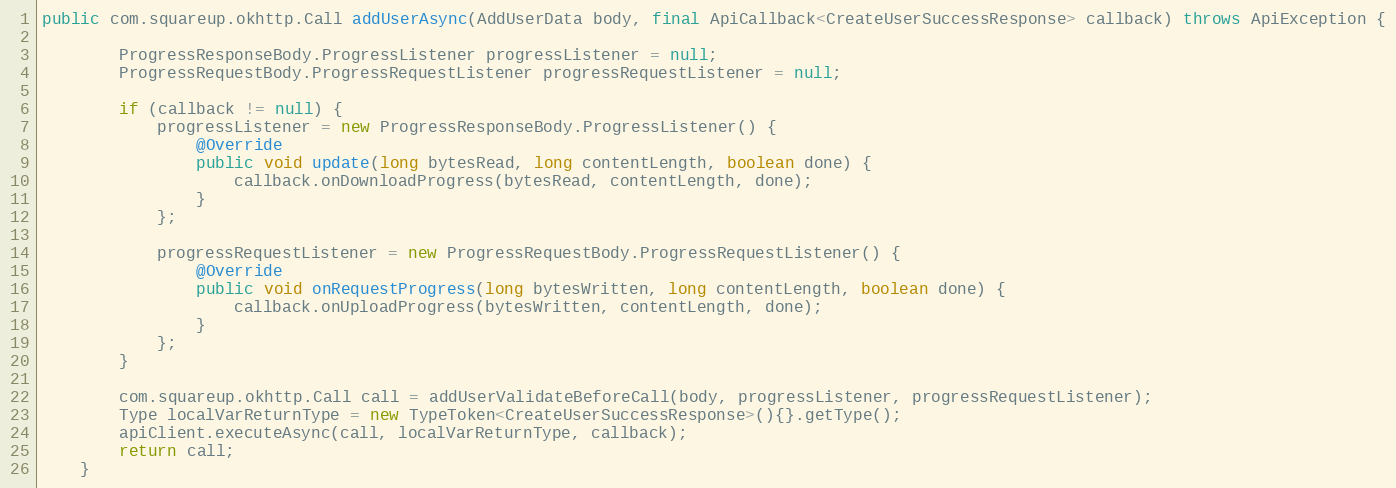
Language: Java
public com.squareup.okhttp.Call addUserAsync(AddUserData body, final ApiCallback<CreateUserSuccessResponse> callback) throws ApiException {

        ProgressResponseBody.ProgressListener progressListener = null;
        ProgressRequestBody.ProgressRequestListener progressRequestListener = null;

        if (callback != null) {
            progressListener = new ProgressResponseBody.ProgressListener() {
                @Override
                public void update(long bytesRead, long contentLength, boolean done) {
                    callback.onDownloadProgress(bytesRead, contentLength, done);
                }
            };

            progressRequestListener = new ProgressRequestBody.ProgressRequestListener() {
                @Override
                public void onRequestProgress(long bytesWritten, long contentLength, boolean done) {
                    callback.onUploadProgress(bytesWritten, contentLength, done);
                }
            };
        }

        com.squareup.okhttp.Call call = addUserValidateBeforeCall(body, progressListener, progressRequestListener);
        Type localVarReturnType = new TypeToken<CreateUserSuccessResponse>(){}.getType();
        apiClient.executeAsync(call, localVarReturnType, callback);
        return call;
    }